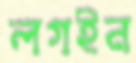
লগইন